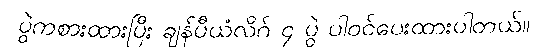
ပွဲကစားထားပြီး ချန်ပီယံလိဂ် ၄ ပွဲ ပါဝင်ပေးထားပါတယ်။